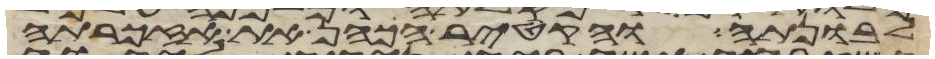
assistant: לבונתה והקטיר הכהן את אזכרתה